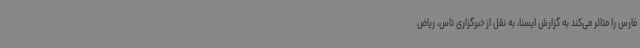
فارس را متاثر می‌کند به گزارش ایسنا، به نقل از خبرگزاری تاس، ریاض